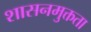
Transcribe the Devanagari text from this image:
शासनमुक्तता